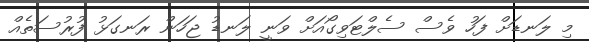
މި ލަނޑަށް ފަހު ވެސް ސެލްޓަވިގޯއަށް ވަނީ ލަނޑު ޖަހަން ރަނގަޅު ފުރުސަތެއް